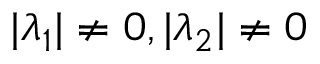
| \lambda _ { 1 } | \neq 0 , | \lambda _ { 2 } | \neq 0